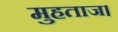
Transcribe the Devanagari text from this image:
मुहताज।